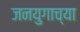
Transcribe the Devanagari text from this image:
जनयुगाच्या